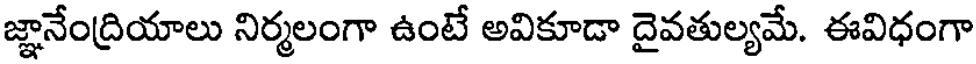
జ్ఞానేంద్రియాలు నిర్మలంగా ఉంటే అవికూడా దైవతుల్యమే. ఈవిధంగా